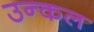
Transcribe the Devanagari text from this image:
उन्कल